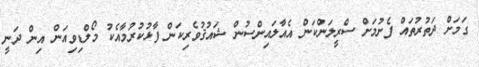
ގަމަށް ދަތުރުތައް ފެށުމަށް ސްރީލަންކަން އެއާލައިންސުން ޝައުޤުވެރިކަން ފާޅުކުރުމާއެކު މޯލްޑިވިއަން އިން ދަނީ